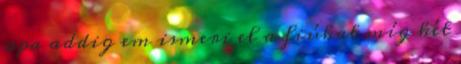
apa addig em ismeri el a fiúkat míg két